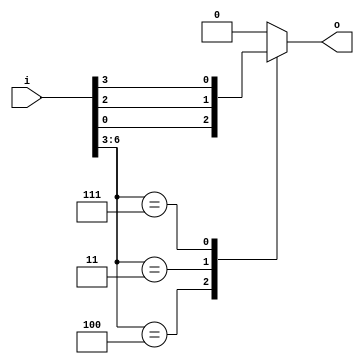
module top(input [7:0] i, output o);
always @*
case (i[6:3])
    4: o <= i[0];
    3: o <= i[2];
    7: o <= i[3];
    default: o <= 1'b0;
endcase
endmodule